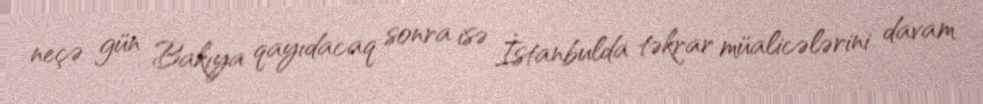
neçə gün Bakıya qayıdacaq sonra isə İstanbulda təkrar müalicələrini davam